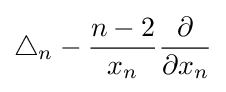
\triangle _{n}-{\frac {n-2}{x_{n}}}{\frac {\partial }{\partial x_{n}}}